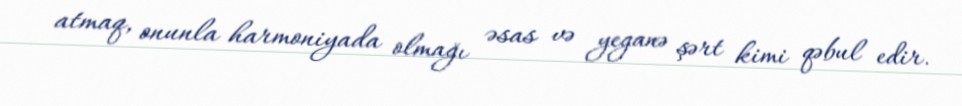
atmaq, onunla harmoniyada olmağı əsas və yeganə şərt kimi qəbul edir.